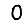
Digit: 0